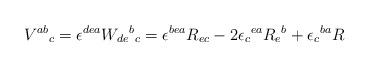
LaTeX: \begin{align*}V^{ab}{}_c=\epsilon^{dea}W_{de}{}^b{}_c=\epsilon^{bea}R_{ec}-2\epsilon_c{}^{ea}R_e{}^b+\epsilon_c{}^{ba}R\end{align*}